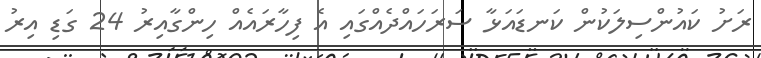
ރަށު ކައުންސިލަކުން ކަނޑައަޅާ ސަރަހައްދެއްގައި އެ ފިހާރައެއް ހިންގާއިރު 24 ގަޑި އިރު